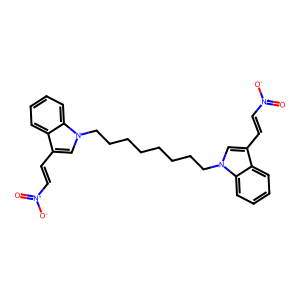
SMILES: O=[N+]([O-])C=Cc1cn(CCCCCCCCn2cc(C=C[N+](=O)[O-])c3ccccc32)c2ccccc12
Inhibits HIV replication: No